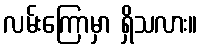
လမ်းကြောမှာ ရှိသလား။